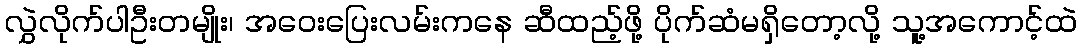
လွှဲလိုက်ပါဦးတမျိုး၊ အဝေးပြေးလမ်းကနေ ဆီထည့်ဖို့ ပိုက်ဆံမရှိတော့လို့ သူ့အကောင့်ထဲ